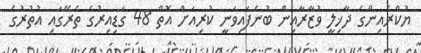
ޔުކްރެއިންގެ ދާޚިލީ ވުޒާރާއިން ބުނެފައިވަނީ ކުރިއަށް އޮތް 48 ގަޑިއިރުގެ ތެރޭގައި އުތުރުގެ